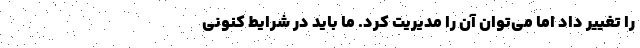
را تغيير داد اما مي‌توان آن را مديريت كرد. ما بايد در شرايط كنوني